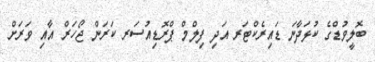
ބޮލީވުޑްގެ ކުޅަދާނަ ޑައިރެކްޓަރ އަދި ފިލްމް ޕްރޮޑިއުސަރ ކަރަން ޖޯހަރް އާއި ވަރަށް